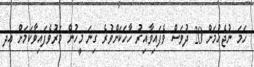
ހަމަ ނުޖެހުމަށް 20 ދުވަސް ވެފައިވާއިރު ހާހަކަށްވުރެ ގިނަ މީހުން މަރުވެފައިވާކަމަށް އދ